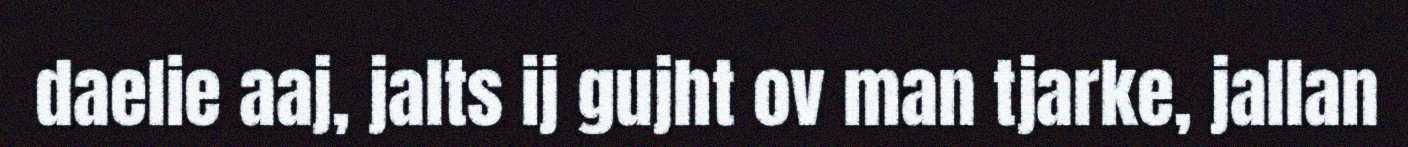
daelie aaj, jalts ij gujht ov man tjarke, jallan